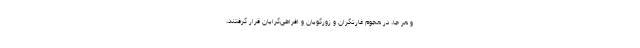
و هر جا، در هجوم غارتگران و زورگویان و افراطی‌گرایان قرار گرفتند،